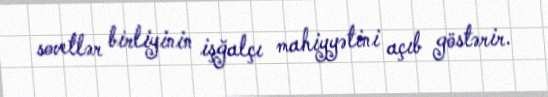
sovetlər birliyinin işğalçı mahiyyətini açıb göstərir.